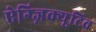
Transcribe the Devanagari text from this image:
ऐग्ज़िक्यूटिव